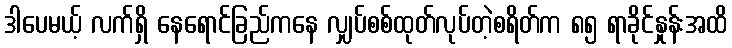
ဒါပေမယ့် လက်ရှိ နေရောင်ခြည်ကနေ လျှပ်စစ်ထုတ်လုပ်တဲ့စရိတ်က ၈၅ ရာခိုင်နှုန်းအထိ